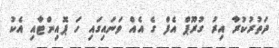
ދަތުރުކުރާ އިރު ގުރޫޕް އެފް ގެ އެއް ވަނައިގައި ހަ ޕޮއިންޓާއި އެކު